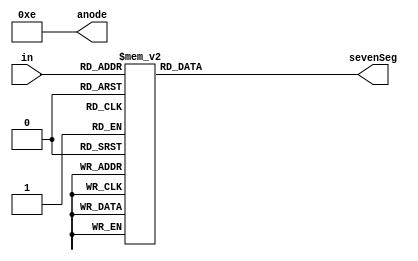
`timescale 1ns / 1ps

module SevenSegOneDig(in, sevenSeg,anode);

input [3:0] in;
output reg [7:0] sevenSeg;
output reg [3:0] anode;

//assign anode = 4'b1110;

always @(*) begin
	sevenSeg = 8'b00000010;
	anode = 4'b1110;
	case(in) //ABCDEFG.
		0: sevenSeg = 8'b00000010;  //0
		1: sevenSeg = 8'b10011110;  //1
		2: sevenSeg = 8'b00100100;  //2
		3: sevenSeg = 8'b00001100;  //3
		4: sevenSeg = 8'b10011000;  //4
		5: sevenSeg = 8'b01001000;  //5
		6: sevenSeg = 8'b01000000;  //6
		7: sevenSeg = 8'b00011110;  //7
		8: sevenSeg = 8'b00000000;  //8
		9: sevenSeg = 8'b00001000;  //9
		10: sevenSeg = 8'b00010000; //A
		11: sevenSeg = 8'b11000000; //b
		12: sevenSeg = 8'b01100010; //C
		13: sevenSeg = 8'b10000100; //d
		14: sevenSeg = 8'b01100000; //e
		15: sevenSeg = 8'b01110000; //f
	endcase
end

endmodule